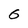
Character: 6